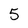
Character: 5